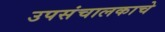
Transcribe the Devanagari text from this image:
उपसंचालकाचे